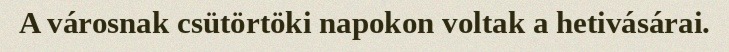
A városnak csütörtöki napokon voltak a hetivásárai.